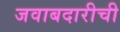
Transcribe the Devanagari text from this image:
जवाबदारीची